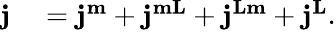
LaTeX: \begin{array}{rl}{\mathbf{j}}&{{}=\mathbf{j}^{\mathbf{m}}+\mathbf{j}^{\mathbf{mL}}+\mathbf{j}^{\mathbf{Lm}}+\mathbf{j}^{\mathbf{L}}.}\end{array}